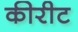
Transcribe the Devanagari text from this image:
कीरीट